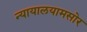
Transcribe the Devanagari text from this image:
न्यायालयामसोर